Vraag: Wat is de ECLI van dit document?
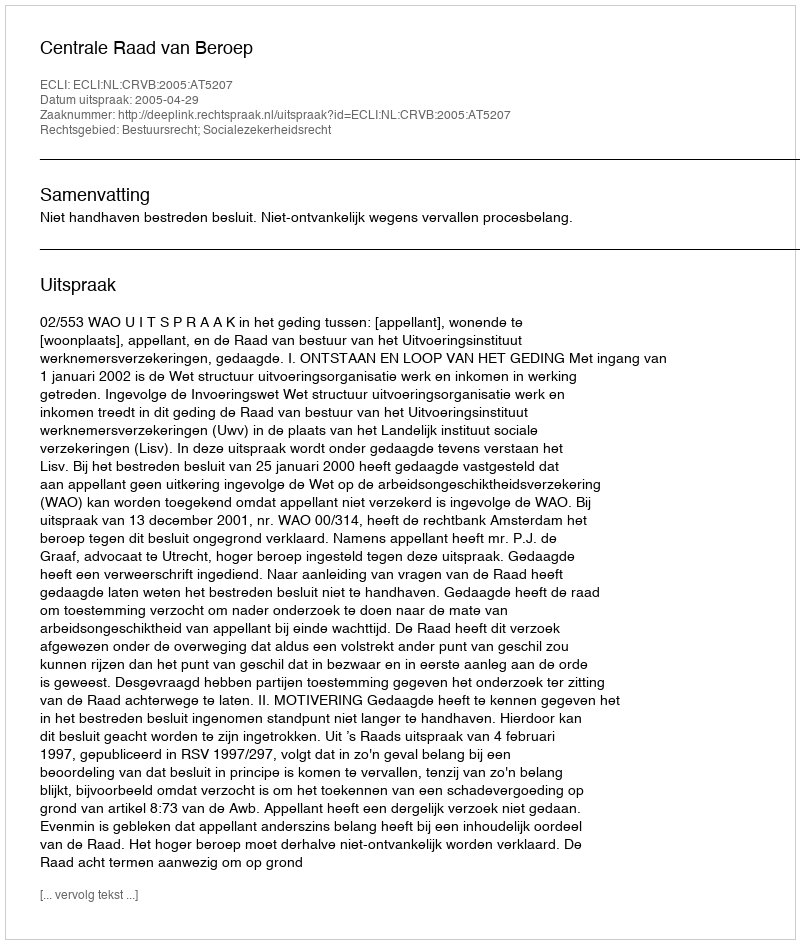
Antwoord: ECLI:NL:CRVB:2005:AT5207